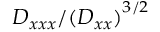
D _ { x x x } / { ( D _ { x x } ) } ^ { 3 / 2 }